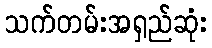
သက်တမ်းအရှည်ဆုံး